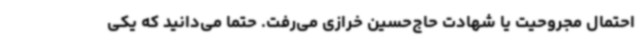
احتمال مجروحیت یا شهادت حاج‌حسین خرازی می‌رفت. حتماً می‌دانید که یکی